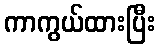
ကာကွယ်ထားပြီး